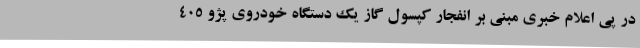
در پی اعلام خبری مبنی بر انفجار کپسول گاز یک دستگاه خودروی پژو 405